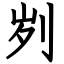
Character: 刿